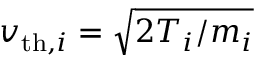
v _ { \mathrm { t h } , i } = \sqrt { 2 T _ { i } / m _ { i } }